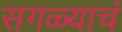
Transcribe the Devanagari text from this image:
सगळ्याचं